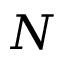
N